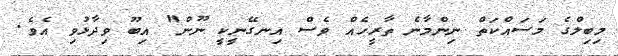
މިބިލްގެ މަސައްކަތް ނިންމާނެ ތާރީހެއް ވެސް އިނގޭނީކީ ނޫން" އިބޫ ވިދާޅުވި އެވެ.